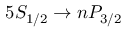
5 S _ { 1 / 2 } \rightarrow n P _ { 3 / 2 }